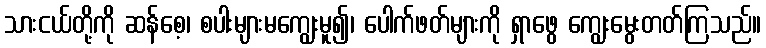
သားငယ်တို့ကို ဆန်စေ့၊ စပါးများမကျွေးမူ၍၊ ပေါက်ဖတ်များကို ရှာဖွေ ကျွေးမွေးတတ်ကြသည်။